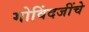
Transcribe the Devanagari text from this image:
गोविंदजींचे